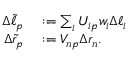
\begin{array} { r l } { \Delta \tilde { \ell } _ { p } } & { { } : = \sum _ { i } { U _ { i p } w _ { i } \Delta \ell _ { i } } } \\ { \Delta \tilde { r } _ { p } } & { { } : = V _ { n p } \Delta r _ { n } . } \end{array}